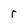
Character: r